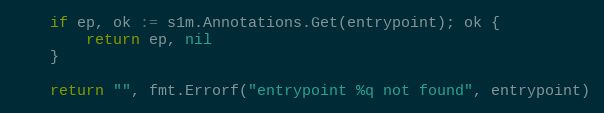
Language: Go
	if ep, ok := s1m.Annotations.Get(entrypoint); ok {
		return ep, nil
	}

	return "", fmt.Errorf("entrypoint %q not found", entrypoint)